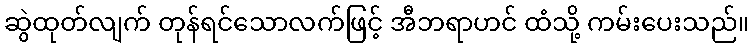
ဆွဲထုတ်လျက် တုန်ရင်သောလက်ဖြင့် အီဘရာဟင် ထံသို့ ကမ်းပေးသည်။